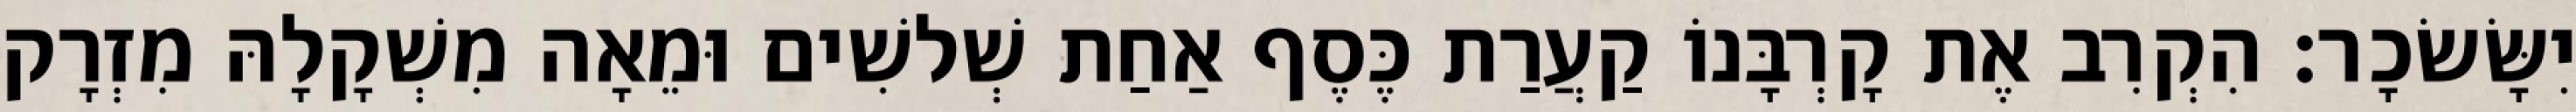
יִשָּׂשׂכָר׃ הִקְרִב אֶת קָרְבָּנוֹ קַעֲרַת כֶּסֶף אַחַת שְׁלשִׁים וּמֵאָה מִשְׁקָלָהּ מִזְרָק